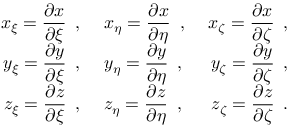
\begin{array} { r l r } { \displaystyle x _ { \xi } = \frac { \partial x } { \partial \xi } \, \mathrm { ~ , ~ } } & { { } \displaystyle x _ { \eta } = \frac { \partial x } { \partial \eta } \, \mathrm { ~ , ~ } } & { \displaystyle x _ { \zeta } = \frac { \partial x } { \partial \zeta } \, \mathrm { ~ , ~ } } \\ { \displaystyle y _ { \xi } = \frac { \partial y } { \partial \xi } \, \mathrm { ~ , ~ } } & { { } \displaystyle y _ { \eta } = \frac { \partial y } { \partial \eta } \, \mathrm { ~ , ~ } } & { \displaystyle y _ { \zeta } = \frac { \partial y } { \partial \zeta } \, \mathrm { ~ , ~ } } \\ { \displaystyle z _ { \xi } = \frac { \partial z } { \partial \xi } \, \mathrm { ~ , ~ } } & { { } \displaystyle z _ { \eta } = \frac { \partial z } { \partial \eta } \, \mathrm { ~ , ~ } } & { \displaystyle z _ { \zeta } = \frac { \partial z } { \partial \zeta } \, \mathrm { ~ . ~ } } \end{array}